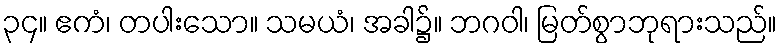
၃၄။ ဧကံ၊ တပါးသော။ သမယံ၊ အခါ၌။ ဘဂဝါ၊ မြတ်စွာဘုရားသည်။